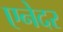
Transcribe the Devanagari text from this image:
एनेदर